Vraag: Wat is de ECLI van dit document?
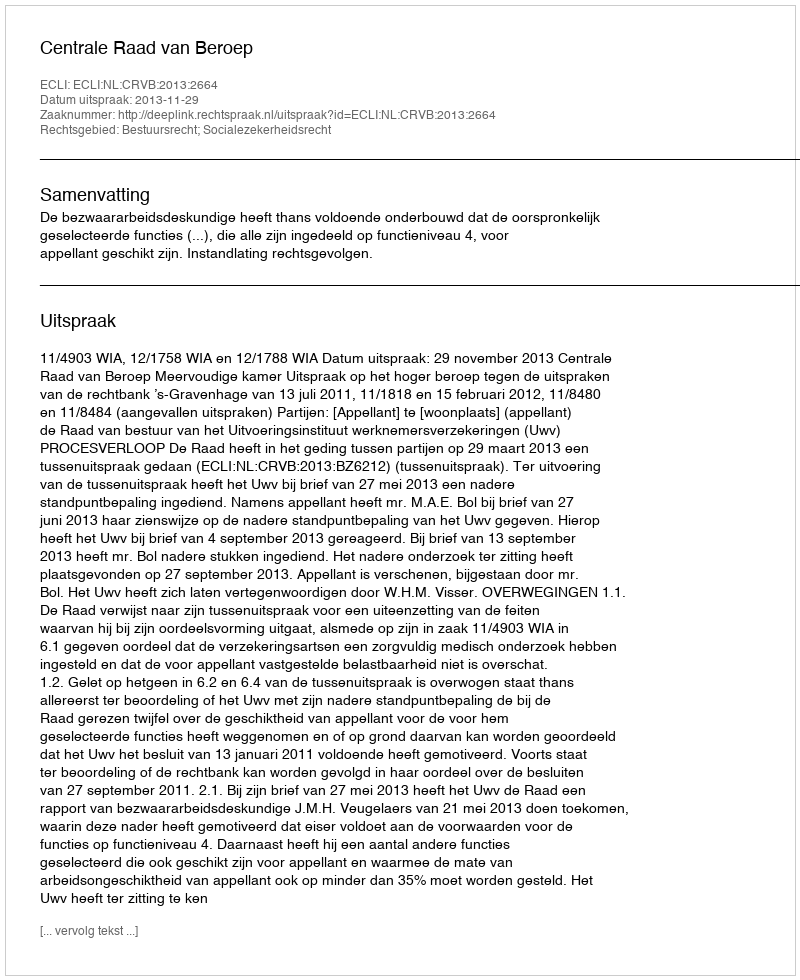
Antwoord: ECLI:NL:CRVB:2013:2664